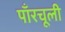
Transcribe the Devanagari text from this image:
पाँरचूली